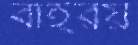
বাইরয়